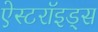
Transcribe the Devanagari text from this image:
ऐस्टरॉइड्स